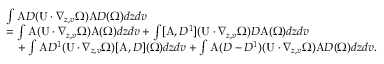
\begin{array} { r l } & { \int \mathrm { A } D ( \mathrm { U } \cdot \nabla _ { z , v } \Omega ) \mathrm { A } D ( \Omega ) d z d v } \\ & { = \int \mathrm { A } ( \mathrm { U } \cdot \nabla _ { z , v } \Omega ) \mathrm { A } ( \Omega ) d z d v + \int [ \mathrm { A } , D ^ { 1 } ] ( \mathrm { U } \cdot \nabla _ { z , v } \Omega ) D \mathrm { A } ( \Omega ) d z d v } \\ & { \quad + \int \mathrm { A } D ^ { 1 } ( \mathrm { U } \cdot \nabla _ { z , v } \Omega ) [ \mathrm { A } , D ] ( \Omega ) d z d v + \int \mathrm { A } ( D - D ^ { 1 } ) ( \mathrm { U } \cdot \nabla _ { z , v } \Omega ) \mathrm { A } D ( \Omega ) d z d v . } \end{array}